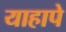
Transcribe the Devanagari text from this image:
याहापे